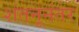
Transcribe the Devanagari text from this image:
शंतनूनंतर